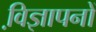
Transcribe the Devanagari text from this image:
वि़ज्ञापनों